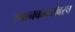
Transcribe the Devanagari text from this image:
स्थानकाबरोबरच